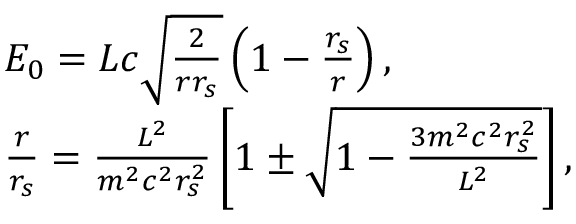
\begin{array} { l } { { \cal { E } } _ { 0 } = { \cal { L } } c \sqrt \frac { 2 } { r r _ { s } } \left( 1 - \frac { r _ { s } } { r } \right) , } \\ { \frac { r } { r _ { s } } = \frac { { \cal { L } } ^ { 2 } } { m ^ { 2 } c ^ { 2 } r _ { s } ^ { 2 } } \left[ 1 \pm \sqrt { 1 - \frac { 3 m ^ { 2 } c ^ { 2 } r _ { s } ^ { 2 } } { { \cal { L } } ^ { 2 } } } \right] , } \end{array}